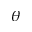
\theta